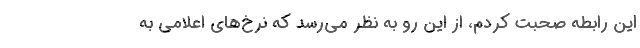
این رابطه صحبت کردم، از این رو به نظر می‌رسد که نرخ‌های اعلامی به